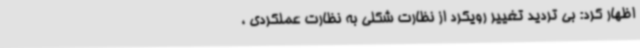
اظهار کرد: بی تردید تغییر رویکرد از نظارت شکلی به نظارت عملکردی ،